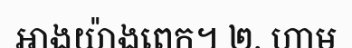
អាងយ៉ាងពេក។ ២. ហាម